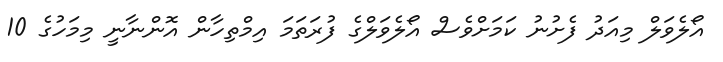
އޯލެވަލް މިއަދު ފެށުނު ކަމަށްވެސް އޯލެވަލްގެ ފުރަތަމަ އިމްތިހާން އޮންނާނީ މިމަހުގެ 10